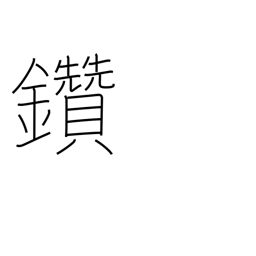
Meaning: make fire by rubbing sticks